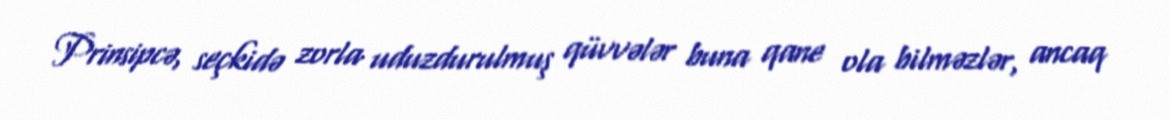
Prinsipcə, seçkidə zorla uduzdurulmuş qüvvələr buna qane ola bilməzlər, ancaq